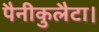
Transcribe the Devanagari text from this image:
पैनीकुलैटा।